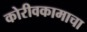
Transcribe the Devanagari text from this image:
कोरीवकामाचा